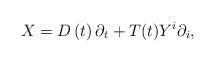
LaTeX: \begin{align*}X=D\left( t\right) \partial_{t}+T(t)Y^{i}\partial_{i}, \end{align*}